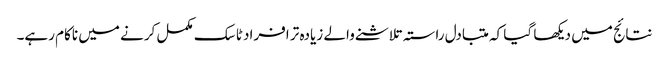
نتائج میں دیکھا گیا کہ متبادل راستہ تلاشنے والے زیادہ تر افراد ٹاسک مکمل کرنے میں ناکام رہے۔